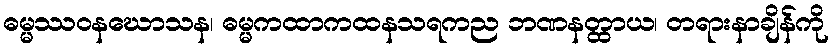
ဓမ္မဿဝနဃောသန၊ ဓမ္မကထာကထနသရကည ဘဏနတ္ထာယ၊ တရားနာချိန်ကို